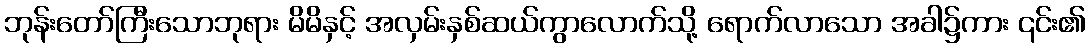
ဘုန်းတော်ကြီးသောဘုရား မိမိနှင့် အလှမ်းနှစ်ဆယ်ကွာလောက်သို့ ရောက်လာသော အခါ၌ကား ၎င်း၏